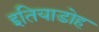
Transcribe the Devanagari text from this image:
इतियाडोह